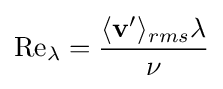
{\text{Re}}_{\lambda }={\frac {\langle \mathbf {v'} \rangle _{rms}\lambda }{\nu }}